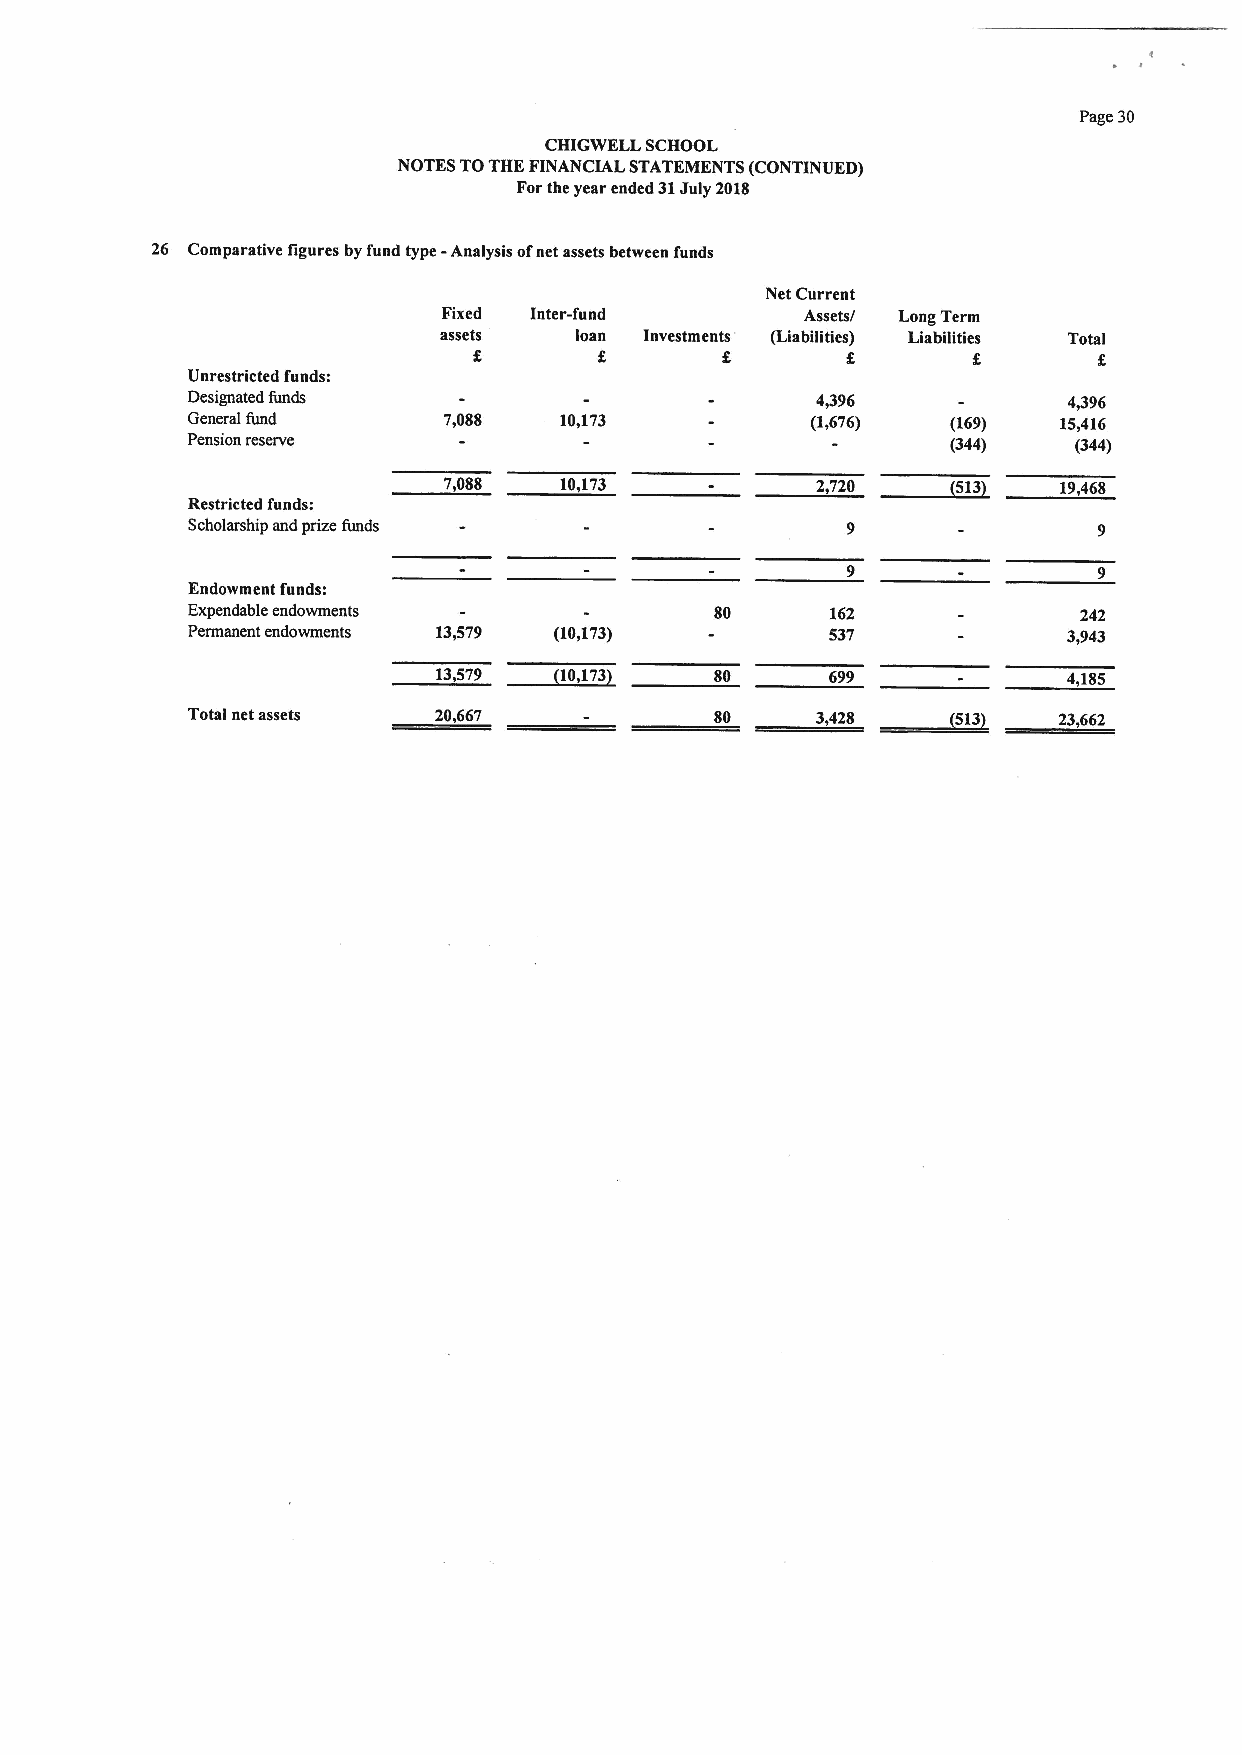
Page 30
 CHIGWELL SCHOOL
 NOTES TOTHE FINANCIAL STATEMENTS (CONTINUED)
 Forthe year ended 31July 2018
 26 Comparative figures by fund type - Analysis ofnet assets between funds
 Net Current
 Fixed Inter-fund        Assets/ Long Term
 assets   loan Investments (Liabilities) Liabilities Total
 8       8
 Unrestricted funds:
 Designated funds                          4,396            4+96
 General fund     7,088   10,173           (1,676)  (169)  15,416
 Pension reserve                                    (344)   (344)
 ~513
 7,088   10,173           2,720           19,468
 Restricted funds:
 Scholarship and prize funds
 Endowment funds:
 Expendable endowments              80      162              242
 Permanent endowments 13,579 (10,173)       537             3,943
 ~20,
 13,579   273      80      699             4,185
 ~513
 Total net assets 20,667            80     3,420           23,662